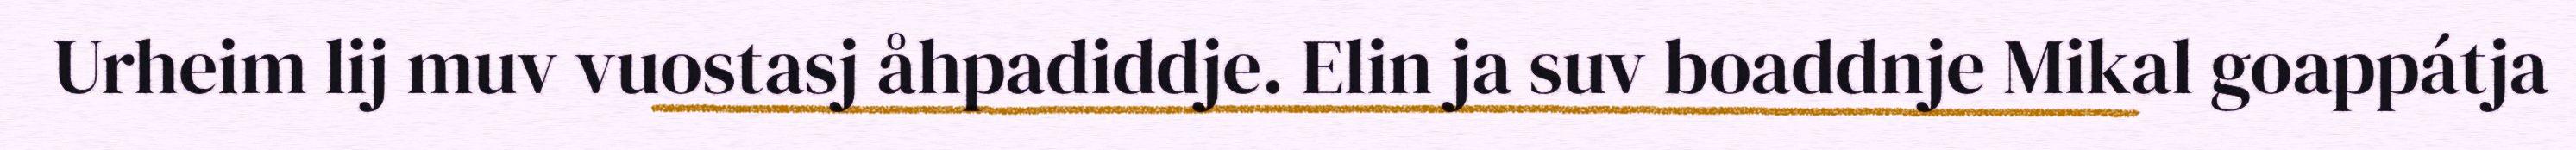
Urheim lij muv vuostasj åhpadiddje. Elin ja suv boaddnje Mikal goappátja